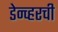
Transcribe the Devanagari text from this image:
डेन्व्हरची